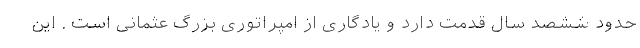
حدود ششصد سال قدمت دارد و یادگاری از امپراتوری بزرگ عثمانی است . این